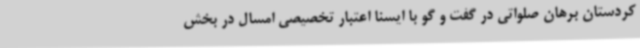
کردستان برهان صلواتی در گفت و گو با ایسنا اعتبار تخصیصی امسال در بخش